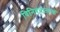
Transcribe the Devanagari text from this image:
विनिबंधात्मक